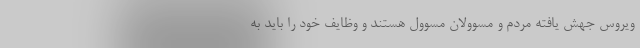
ویروس جهش یافته مردم و مسوولان مسوول هستند و وظایف خود را باید به